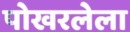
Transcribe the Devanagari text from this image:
पोखरलेला